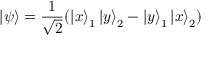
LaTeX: \left| \psi \right\rangle = { \frac { 1 } { \sqrt { 2 } } } ( \left| x \right\rangle _ { 1 } \left| y \right\rangle _ { 2 } - \left| y \right\rangle _ { 1 } \left| x \right\rangle _ { 2 } )